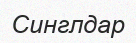
Синглдар